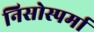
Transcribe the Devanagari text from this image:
निसोस्पर्मा